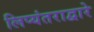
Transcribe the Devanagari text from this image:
लिप्यंतराद्वारे